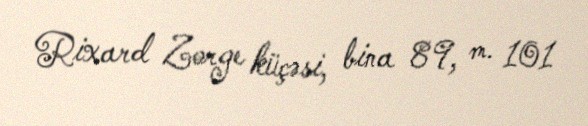
Rixard Zorge küçəsi, bina 89, m. 101